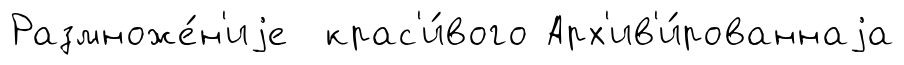
Размноже́н'иjе крас'и́вого Арх'ив'и́рованнаjа